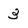
Character: 3